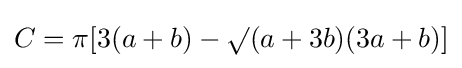
C=\pi [3(a+b)-\surd (a+3b)(3a+b)]